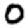
Digit: 0